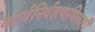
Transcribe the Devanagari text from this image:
कार्यनिर्वहणाधिकारी